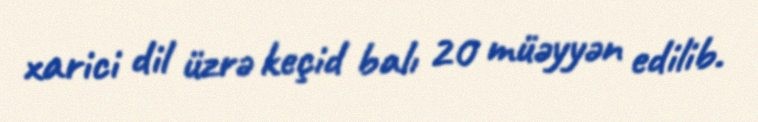
xarici dil üzrə keçid balı 20 müəyyən edilib.